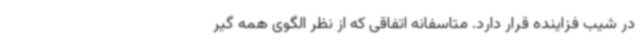
در شیب فزاینده قرار دارد. متاسفانه اتفاقی که از نظر الگوی همه گیر